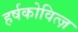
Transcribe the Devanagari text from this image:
हर्षकोवित्ज़